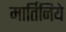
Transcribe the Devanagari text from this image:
मार्तिनिये